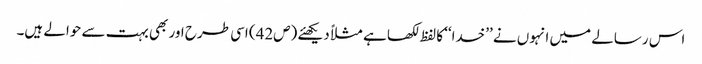
اس رسالے میں انہوں نے ’’خدا‘‘ کا لفظ لکھا ہے مثلاً دیکھئے (ص42) اسی طرح اور بھی بہت سے حوالے ہیں۔